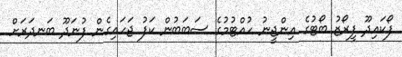
ފޯކައިދޫ ފީރޯޒު ބޯޓުގެ އިންޖީނު ހުއްޓުމުގެ ސަބަބުން ކަފު ޖަހައިގެން ފުނަދޫ ބަނދަރަށް